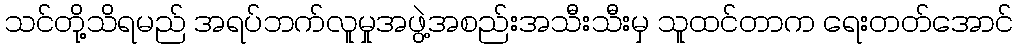
သင်တို့သိရမည် အရပ်ဘက်လူမှုအဖွဲ့အစည်းအသီးသီးမှ သူထင်တာက ရေးတတ်အောင်